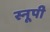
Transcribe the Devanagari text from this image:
स्नूपी